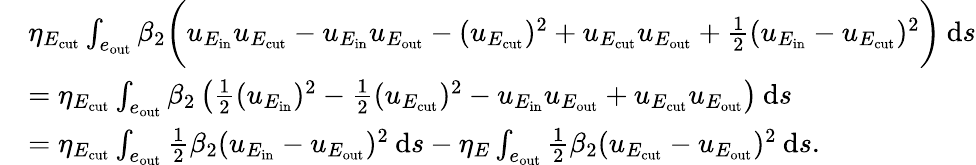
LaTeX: \begin{array}{rl}&{\eta_{E_{\mathrm{cut}}}\int_{e_{\mathrm{out}}}\beta_{2}\bigg({u_{E_{\mathrm{in}}}}{u_{E_{\mathrm{cut}}}}-{u_{E_{\mathrm{in}}}}{u_{E_{\mathrm{out}}}}-({u_{E_{\mathrm{cut}}}})^{2}+{u_{E_{\mathrm{cut}}}}{u_{E_{\mathrm{out}}}}+\frac 12(u_{E_{\mathrm{in}}}-u_{E_{\mathrm{cut}}})^{2}\bigg)\: \mathrm{d}{s}}\\ &{=\eta_{E_{\mathrm{cut}}}\int_{e_{\mathrm{out}}}\beta_{2}\left(\frac 12(u_{E_{\mathrm{in}}})^{2}-\frac 12(u_{E_{\mathrm{cut}}})^{2}-{u_{E_{\mathrm{in}}}}{u_{E_{\mathrm{out}}}}+{u_{E_{\mathrm{cut}}}}{u_{E_{\mathrm{out}}}}\right)\: \mathrm{d}{s}}\\ &{=\eta_{E_{\mathrm{cut}}}\int_{e_{\mathrm{out}}}\frac 12\beta_{2}(u_{E_{\mathrm{in}}}-{u_{E_{\mathrm{out}}}})^{2}\: \mathrm{d}{s}-\eta_{E}\int_{e_{\mathrm{out}}}\frac 12\beta_{2}(u_{E_{\mathrm{cut}}}-{u_{E_{\mathrm{out}}}})^{2}\: \mathrm{d}{s}.}\end{array}